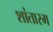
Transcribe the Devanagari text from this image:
शांतारम